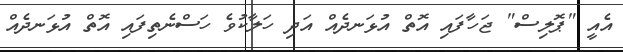
އެއީ "ޕޮލިސް" ޖަހާފައި އޮތް އުޅަނދެއް އަދި ހަލާކުވެ ހަސްނެތިފައި އޮތް އުޅަނދެއް